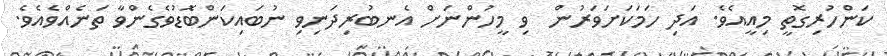
ކަންހުރިގޮތީ މިއީއެވެ. އަދި ހަމަކަށަވަރުން  ވި މީހުންނަށް އެނބުރިދަނިވި ނުބައިކަންބޮޑުވެގެންވާ ތަނެއްވެއެވެ.